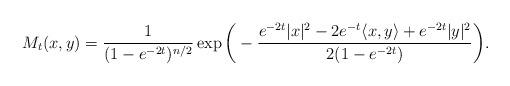
LaTeX: \begin{align*}M_{t}(x,y)=\frac{1}{(1-e^{-2t})^{n/2}}\exp\bigg(-\frac{e^{-2t}|x|^{2}-2e^{-t}\langle x,y\rangle+e^{-2t}|y|^{2}}{2(1-e^{-2t})}\bigg).\end{align*}